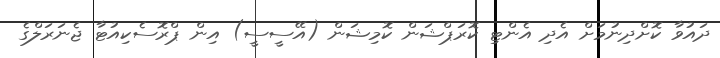
ދައުވާ ކޮށްދިނުމަށް އެދި އެންޓި ކޮރަޕްޝަން ކޮމިޝަން (އޭސީސީ) އިން ޕްރޮސެކިއުޓާ ޖެނަރަލްގެ